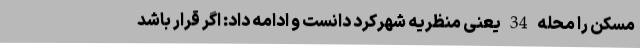
مسکن را محله 34 یعنی منظریه شهرکرد دانست و ادامه داد: اگر قرار باشد